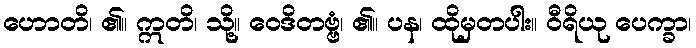
ဟောတိ၊ ၏။ ဣတိ၊ သို့။ ဝေဒိတဗ္ဗံ၊ ၏။ ပန၊ ထိုမှတပါး။ ဝီရိယု ပေက္ခာ၊